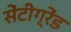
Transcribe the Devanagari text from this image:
सेंटीग्रेंड